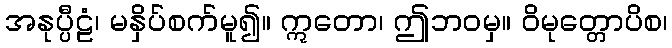
အနုပ္ပီဠံ၊ မနှိပ်စက်မူ၍။ ဣတော၊ ဤဘဝမှ။ ဝိမုတ္တောပိစ၊